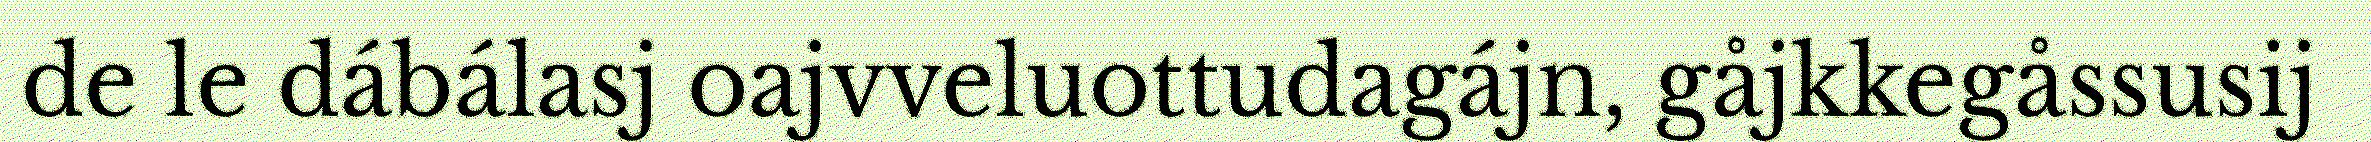
de le dábálasj oajvveluottudagájn, gåjkkegåssusij